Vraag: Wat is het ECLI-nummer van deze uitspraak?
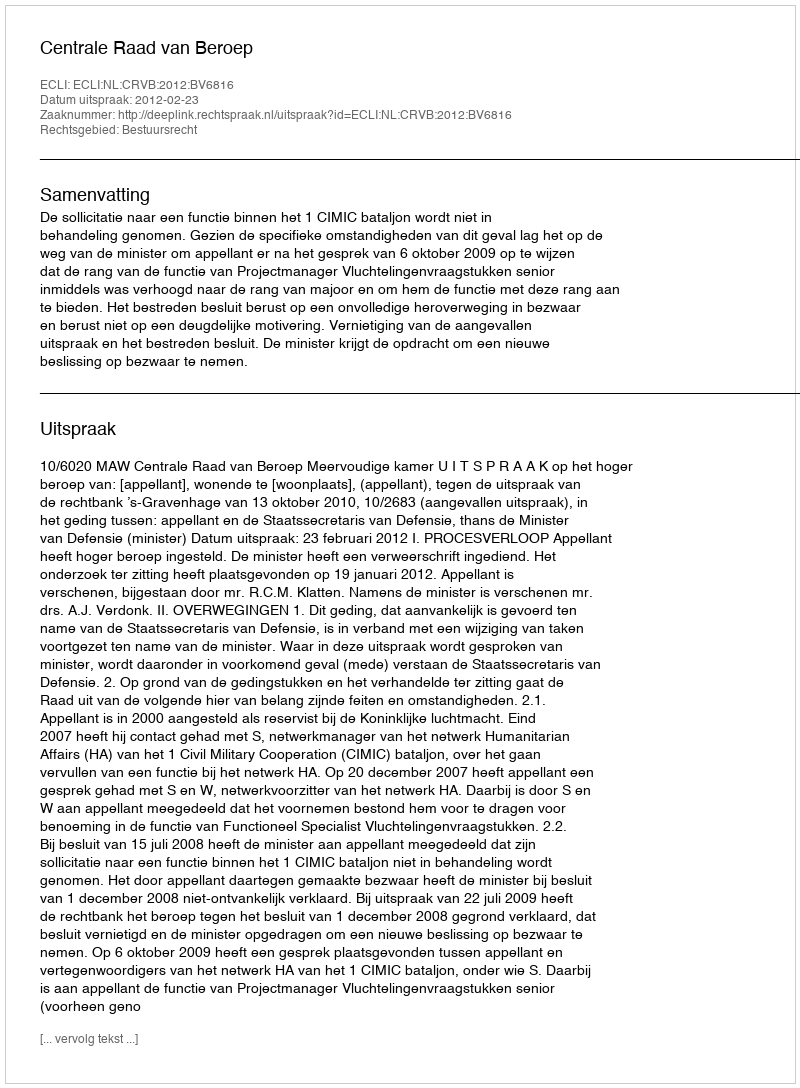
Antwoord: ECLI:NL:CRVB:2012:BV6816